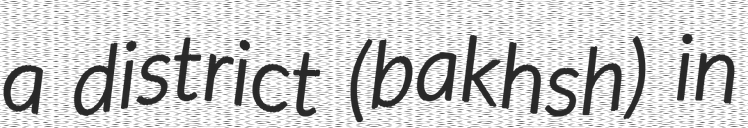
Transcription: a district (bakhsh) in